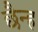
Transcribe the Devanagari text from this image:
छैन्ह